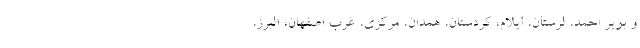
و بویر احمد، لرستان، ایلام، کردستان، همدان، مرکزی، غرب اصفهان، البرز،